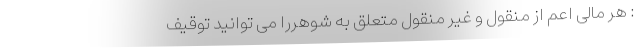
: هر مالی اعم از منقول و غیر منقول متعلق به شوهررا می توانید توقیف